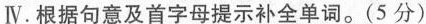
Ⅳ.根据句意及首字母提示补全单词。(5 分)